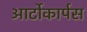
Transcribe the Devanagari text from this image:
आर्टोकार्पस